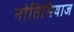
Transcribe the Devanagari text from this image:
नोतिसियाज